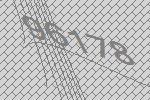
96178